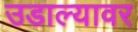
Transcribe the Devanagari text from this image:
उडाल्यावर